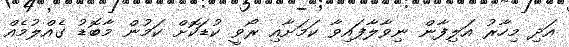
އަދި މިހާރު އަލިފާން ނިވާލާފައިވާ ކަމަށާއި ރޯވީ ކުޑަކޮށް ކަމުން މާބޮޑު ގެއްލުމެއް